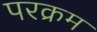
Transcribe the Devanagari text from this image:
परक्रम